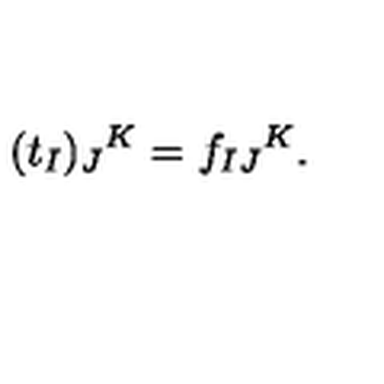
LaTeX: ( t _ { I } ) _ { J } { } ^ { K } = f _ { I J } { } ^ { K } .